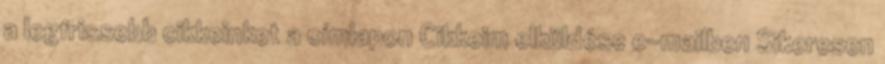
a legfrissebb cikkeinket a címlapon Cikkeim elküldése e-mailben Sikeresen